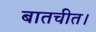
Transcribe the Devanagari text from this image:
बातचीत।